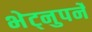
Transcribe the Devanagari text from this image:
भेट्नुपर्ने